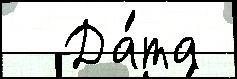
  Да́та